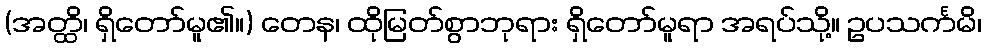
(အတ္ထိ၊ ရှိတော်မူ၏။) တေန၊ ထိုမြတ်စွာဘုရား ရှိတော်မူရာ အရပ်သို့။ ဥပသင်္ကမိ၊